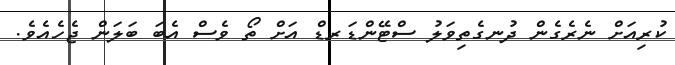
ކުރިއަށް ނެރެގެން ދުނގެތިވަލު ސްޓޭންޑަރޑް އަށް ތޯ ވެސް އެބަ ބަލަން ޖެހެއެވެ.